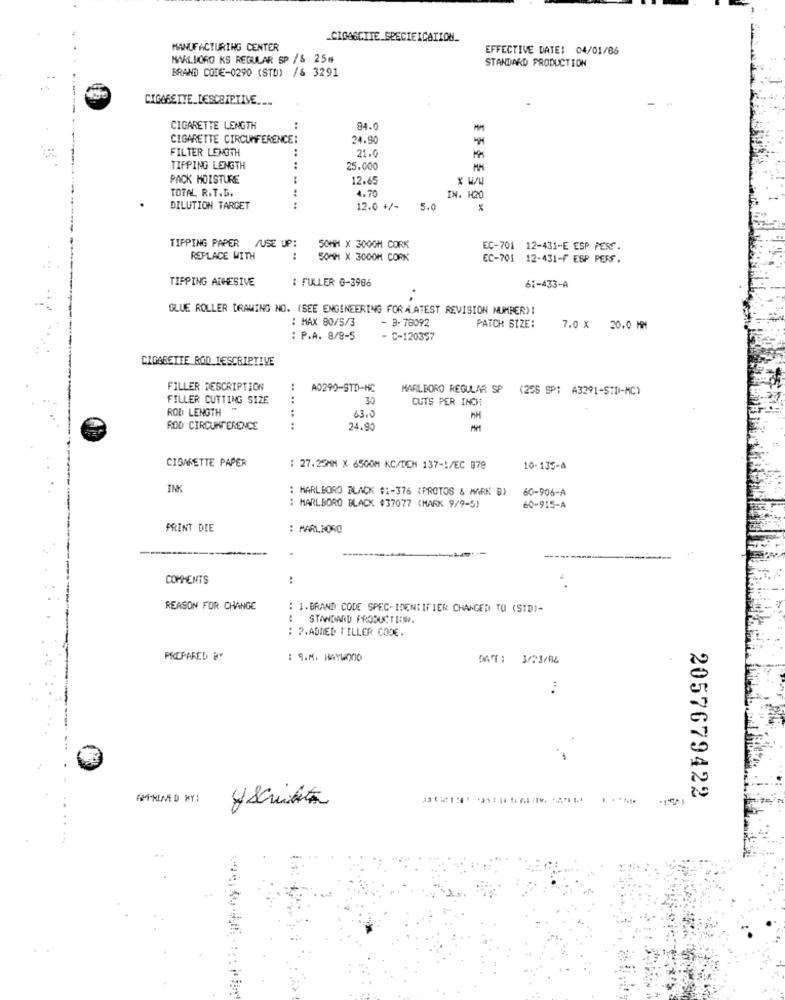
_CIGASCITE SPECIEICATION_
MANUFACTURING CENTER
EFFECTIVE DATE: 04/01/86
MARLBORO KS REGULAR SP /& 25m
STANDARD PRODUCTION
BRAND CODE-0290 (STD) /& 3291
CIGARETTE LENGTH
:
84.0
CIGARETTE CIRCUMFERENCE:
24.90
FILTER LENGTH
21.0
TIPPING LENGTH
.. ..
25.000
PACK MOISTURE
12.6
TOTAL R.T.D.
4.70
IN. H20
DILUTION TARGET
.. ..
12.0 +/-
5.0
%
TIPPING PAPER /USE UP:
50HM X 3000H CORK
EC-701 12-431-E ESP PERT.
REPLACE WITH
:
SOMM X 3000H CORK
EC-701 12-431-F ESP PERS.
TIPPING ADHESIVE
: FULLER 0-3986
61-433-A
GLUE ROLLER DRAWING NO. (SEE ENGINEERING FORÅ.ATEST REVISION NUMBER)!
: MAX 80/5/3
- B- 78092
PATCH SIZE:
7.0 × 20,0 MM
: P.A. 8/8-5
- C-120357
CIGARETTE ROD DESCRIPTIVE
FILLER DESCRIPTION
..
A0290-STD-HC
MARLBORO REGULAR SP
(256 SP; 43291-STD-MC)
FILLER CUTTING SIZE
30
CUTS PER INCH
ROD LENGTH
63.0
ROD CIRCUMFERENCE
.. ..
24.90
CIGARETTE PAPER
: 27.25MM X 6500M KC/DEM 137 -! /EC 978
10- 135-A
INK
: MARLBORO BLACK #1-376 (PROTOS & MARK B)
60-906-A
: MARLBORO BLACK #37077 (MARK 9/9-5)
60-915-A
PRINT DIE
: MARLBORO
COMMENTS
:
REASON FOR CHANGE
: I.BRAND CODE SPEC-IDENTIFIER CHANGED TO (STD)-
STANDARD PRODUCTIEW.
: 2.ADDED TILLER CODE.
PREPARED BY
: S.M. HAYWOOD
DAT: 3/23/86
2057679422
yescridita